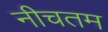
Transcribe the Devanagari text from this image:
नीचतम